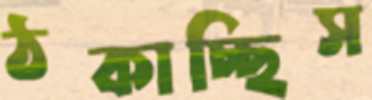
ঠকাচ্ছিস